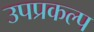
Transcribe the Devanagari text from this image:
उपप्रकल्प